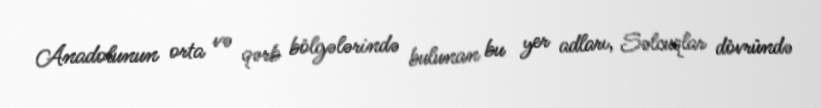
Anadolunun orta və qərb bölgələrində bulunan bu yer adları, Səlcuqlar dövründə